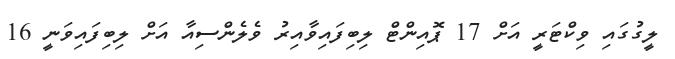
ލީގުގައި ވިކްޓަރީ އަށް 17 ޕޮއިންޓް ލިބިފައިވާއިރު ވެލެންސިއާ އަށް ލިބިފައިވަނީ 16